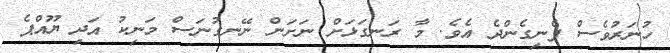
ހުނަރުވެސް ފެނިގެންދެ އެވެ. މާ ރަނގަޅަށް ނަށަން ނޭނގުނަސް މަނިކު އަދި ޔޫއްޕެ